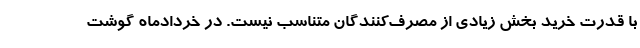
با قدرت خرید بخش زیادی از مصرف‌کنندگان متناسب نیست. در خردادماه گوشت